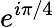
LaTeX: e^{i\pi/4}